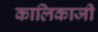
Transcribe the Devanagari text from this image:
कालिकाजी